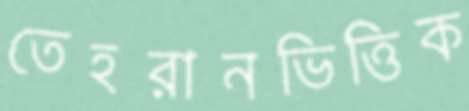
তেহরানভিত্তিক